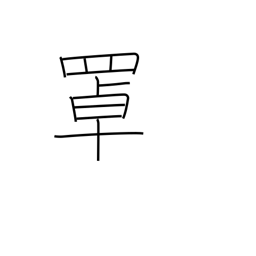
Meaning: fish basket kept in water